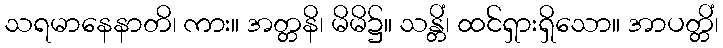
သရမာနေနာတိ၊ ကား။ အတ္တနိ၊ မိမိ၌။ သန္တိံ၊ ထင်ရှားရှိသော။ အာပတ္တိံ၊